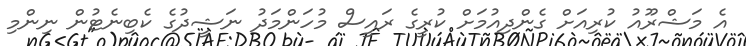
އެ މަޝްރޫއު ކުރިއަށް ގެންދިއުމަށް ކުރީގެ ރައީސް މުހަންމަދު ނަޝީދުގެ ކެބިނެޓުން ނިންމި